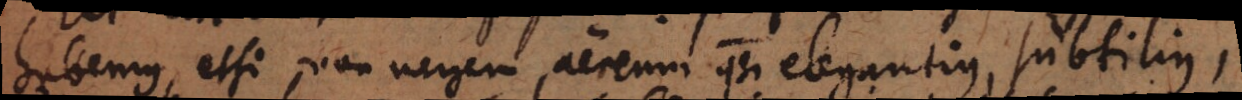
habemus, etsi non negem, aereum quasi elegantius, subtilius,